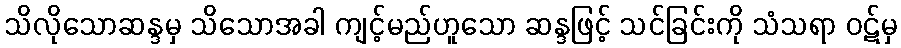
သိလိုသောဆန္ဒမှ သိသောအခါ ကျင့်မည်ဟူသော ဆန္ဒဖြင့် သင်ခြင်းကို သံသရာ ဝဋ်မှ